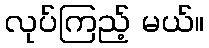
လုပ်ကြည့် မယ်။